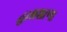
હાથશાળા